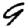
Digit: 9